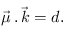
{ \vec { \mu } } \, . \, { \vec { k } } = d .